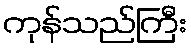
ကုန်သည်ကြီး